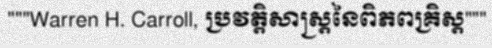
"""Warren H. Carroll, ប្រវត្តិសាស្ត្រនៃពិភពគ្រិស្ត"""